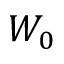
W _ { 0 }